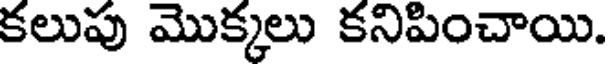
కలుపు మొక్కలు కనిపించాయి.